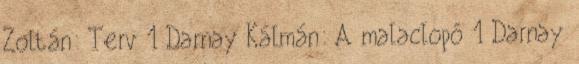
Zoltán: Terv 1 Darnay Kálmán: A malaclopó 1 Darnay